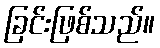
ခြင်းဖြစ်သည်။